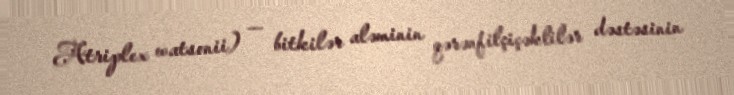
Atriplex watsonii) — bitkilər aləminin qərənfilçiçəklilər dəstəsinin